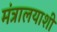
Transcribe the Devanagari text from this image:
मंत्रालयाशी